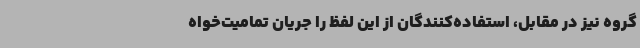
گروه نیز در مقابل، استفاده‌کنندگان از این لفظ را جریان تمامیت‌خواه